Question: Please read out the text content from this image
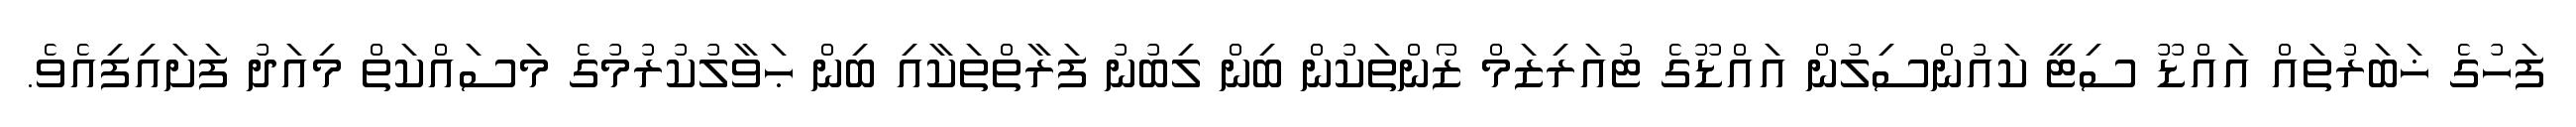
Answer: ފަހުގެ ޚަބަރުތައް އައްޑޫ ސިޓީ ކައުންސިލުން އައްޑޫގެ ޓުއަރިޒަމް ޒޯންތަކުން ބިން ލިބުނު ފަރާތްތަކާއި ބިން ޙަވާލުކުރުމުގެ މަސައްކަތް މިއަދު ފަށައިފިއެވެ.